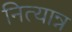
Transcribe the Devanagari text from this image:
नित्यान्न